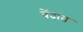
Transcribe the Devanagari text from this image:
वेंदांत